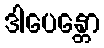
ဒါပေန္တော